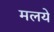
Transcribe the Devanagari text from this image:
मलये